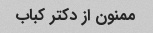
ممنون از دکتر کباب